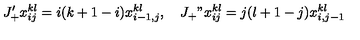
J _ { + } ^ { \prime } x _ { i j } ^ { k l } = i ( k + 1 - i ) x _ { i - 1 , j } ^ { k l } , \quad J _ { + } " x _ { i j } ^ { k l } = j ( l + 1 - j ) x _ { i , j - 1 } ^ { k l }